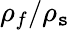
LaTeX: \rho_{f}/\rho_{\mathtt{s}}